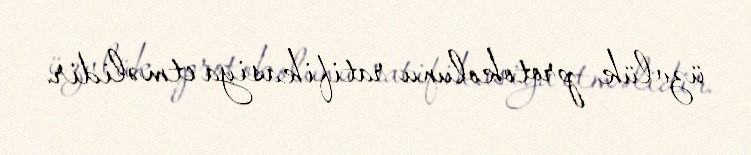
üzvlük protokolunu ratifikasiya etməlidir.